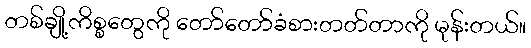
တစ်ချို့ကိစ္စတွေကို တော်တော်ခံစားတတ်တာကို မုန်းတယ်။